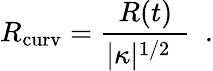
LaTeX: {R_{\mathrm{curv}}={\frac{R(t)}{|\kappa|^{1/2}\ \ }}}\ \ .